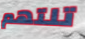
تلتهم